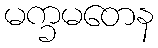
မက္ခမတေန